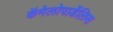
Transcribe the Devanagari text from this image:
कॅमेलोपार्डेलिस